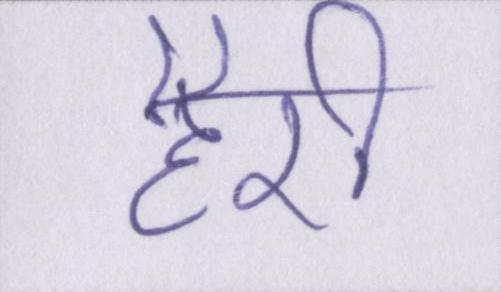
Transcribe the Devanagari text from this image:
हैरी